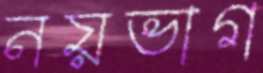
নয়ভাগ